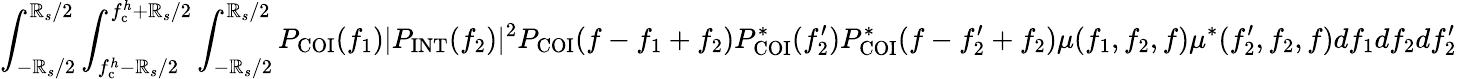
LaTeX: \int_{-\mathbb{R}_{s}/2}^{\mathbb{R}_{s}/2}\int_{f_{\mathrm{{c}}}^{h}-\mathbb{R}_{s}/2}^{f_{\mathrm{{c}}}^{h}+\mathbb{R}_{s}/2}\int_{-\mathbb{R}_{s}/2}^{\mathbb{R}_{s}/2}P_{\mathrm{{COI}}}(f_{1})|P_{\mathrm{{INT}}}(f_{2})|^{2}P_{\mathrm{{COI}}}(f-f_{1}+f_{2})P_{\mathrm{{COI}}}^{\ast}(f_{2}^{\prime})P_{\mathrm{{COI}}}^{\ast}(f-f_{2}^{\prime}+f_{2})\mu(f_{1},f_{2},f)\mu^{\ast}(f_{2}^{\prime},f_{2},f)df_{1}df_{2}df_{2}^{\prime}